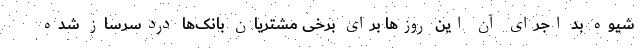
شیوه بد اجرای آن این روزها برای برخی مشتریان بانک‌ها دردسرساز شده